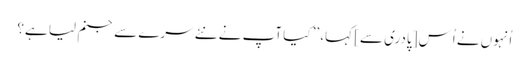
اُنہوں نے اُس [پادری سے] کہا، ’’ کیا آپ نے نئے سرے سے جنم لیا ہے؟